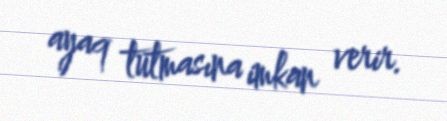
ayaq tutmasına imkan verir.